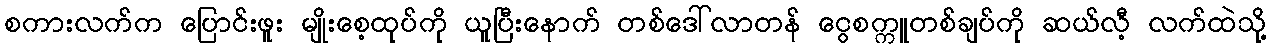
စကားလက်က ပြောင်းဖူး မျိုးစေ့ထုပ်ကို ယူပြီးနောက် တစ်ဒေါ်လာတန် ငွေစက္ကူတစ်ချပ်ကို ဆယ်လီ့ လက်ထဲသို့